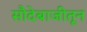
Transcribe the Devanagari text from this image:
सौदेबाजीतून